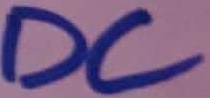
Text: DC